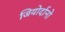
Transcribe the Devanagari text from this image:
जियोर्दानो